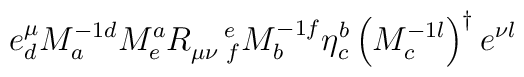
e_{d}^{\mu }M_{a}^{-1d}M_{e}^{a}R_{\mu \nu \,\,f}^{\quad e}M_{b}^{-1f}\eta_{c}^{b}\left( M_{c}^{-1l}\right) ^{\dagger }e^{\nu l}